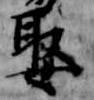
娶